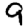
Digit: 9